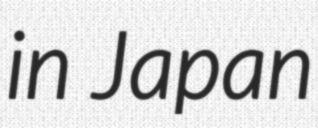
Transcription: in Japan